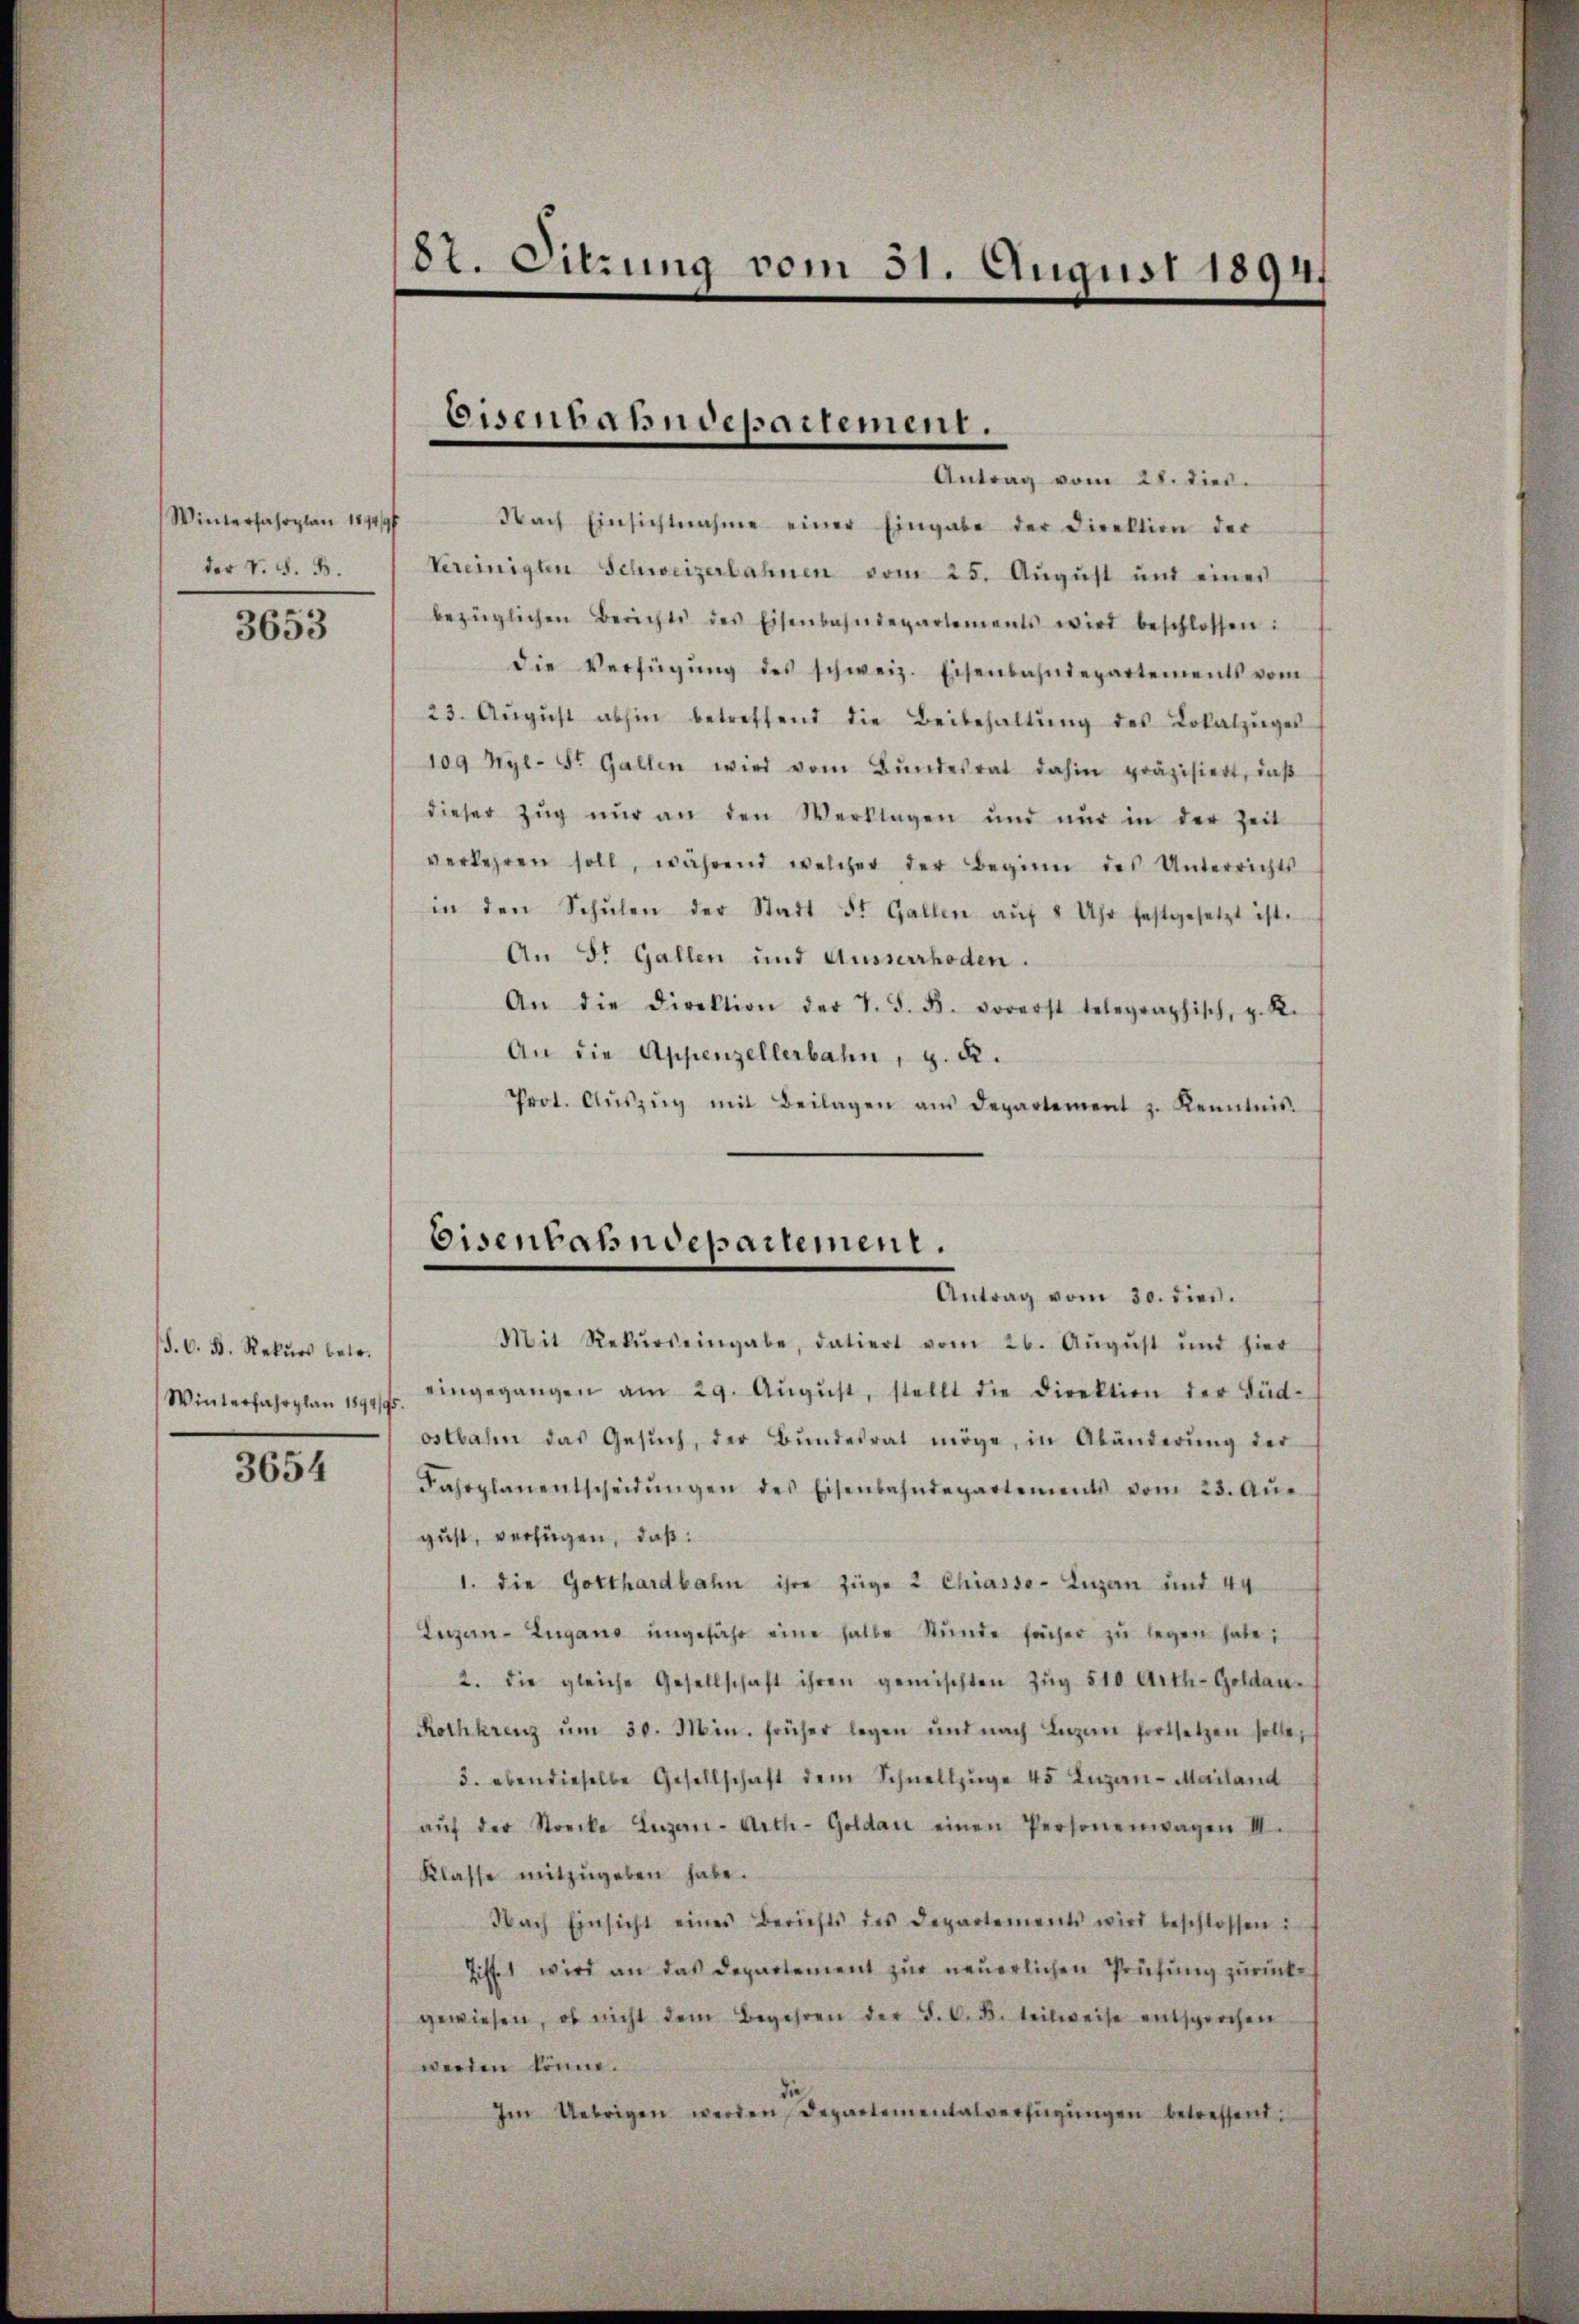
Winterfahrplan 1894/9
der V. S. B.

3653

(§. 6. B. Rekurs betr.

3654

8t. Sitzung vom 31. August 1894/

Eisenbahndepartement.
Antrag vom 28. dies

Nach Einsichtnahme einer Eingabe der Direktion der
Vereinigten Schweizerbahnen vom 25. Aŭgŭst und eines
bezüglichen Berichts des Eisenbahndepartements wird beschlossen:
die Verfügŭng des schweiz. Eisenbahndepartements vom
23. Aŭgŭst abhin betreffend die Beibehaltŭng des Lokalzŭges
109 Myl- St. Gallen wird vom Bundesrat dahin präzisiert, daß
dieser Zŭg nŭr an den Verklagen und nur in der Zeit
verkehren soll, während welcher der Beginn des Unterrichts
in den Schŭlen der Statt St. Gallen aŭf 4 Uhr festgesetzt ist.
An St. Gallen und Ausserrhoden.
An die Direktion der V. S. d. vorerst telegraphisch, z. R.
An die Appenzellerbahn, z. B.
Prot. Aŭszŭg mit Beilagen ans Departement z. Kenntnis
Mit Rekŭrs eingabe, datiert vom 26. Aŭgŭst und hier
Winterfahrplan 19. eingegangen am 29. Aŭgŭst, stellt die Direktion der Süd-
ostbahn das Gesŭch, der Bŭndesrat möge, in Abänderŭng der
Fahrplanentscheidŭngen des Eisenbahndepartements vom 23. Aŭs
gust, verfügen, daß:
1. die Gotthardbahn ihre Züge 2 Chiasso- Luzern und 44
Luzern-Zugano ungefähr eine halbe Stŭnde fächer zŭ legen habe;
2. die gleiche Gesellschaft ihren gemischten Zŭg 510 Arth-Goldau-
Rothkreuz ŭm 30. Min. früher legen und nach Lugan fortsetzen solle,
3. ebendieselbe Gesellschaft dem Schnellzüge 45 Ingan-Mailand
aŭf der Strecke Luzern-Arth-Goldau einen Personenwagen III.
Klasse mitzugeben habe.
Nach Einsicht eines Berichts des Departements wird beschlossen i
tifft wird an das Departement zur neuerlichen Prüfung zurücke
gewiesen, ob nicht dem Begehren der S. 6. d. teilweise entsprochen
wenden könne.
Im Uebrigen werden, Departementalverfügŭngen betreffend

Eisenbahndepartement.
Antrag vom 30. dies